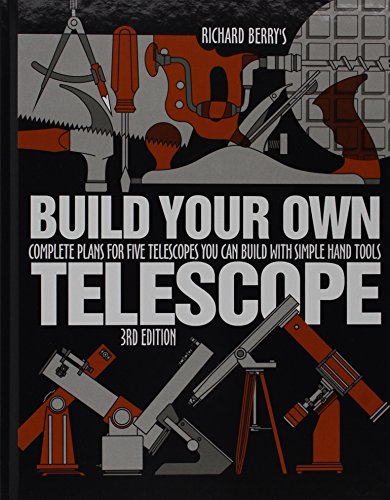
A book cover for Build Your Own Telescope; Richard Berry; Science & Math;